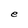
Character: e